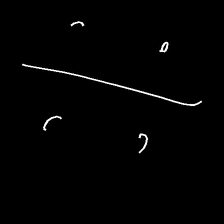
Glyph: cool